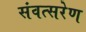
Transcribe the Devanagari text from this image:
संवत्सरेण